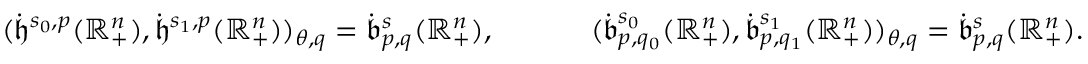
\begin{array} { r l } { ( \dot { \mathfrak { h } } ^ { s _ { 0 } , p } ( \mathbb { R } _ { + } ^ { n } ) , \dot { \mathfrak { h } } ^ { s _ { 1 } , p } ( \mathbb { R } _ { + } ^ { n } ) ) _ { \theta , q } = \dot { \mathfrak { b } } _ { p , q } ^ { s } ( \mathbb { R } _ { + } ^ { n } ) \mathrm { , ~ } } & { \qquad ( \dot { \mathfrak { b } } _ { p , q _ { 0 } } ^ { s _ { 0 } } ( \mathbb { R } _ { + } ^ { n } ) , \dot { \mathfrak { b } } _ { p , q _ { 1 } } ^ { s _ { 1 } } ( \mathbb { R } _ { + } ^ { n } ) ) _ { \theta , q } = \dot { \mathfrak { b } } _ { p , q } ^ { s } ( \mathbb { R } _ { + } ^ { n } ) \mathrm { . } } \end{array}